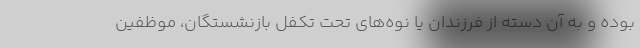
بوده و به آن دسته از فرزندان یا نوه‌های تحت تکفل بازنشستگان، موظفین